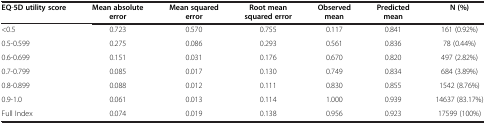
| EQ-5D utility score | Mean absolute error | Mean squared error | Root mean squared error | Observed mean | Predicted mean | N (%) |
 | --- | --- | --- | --- | --- | --- | --- |
 | <0.5 | 0.723 | 0.570 | 0.755 | 0.117 | 0.841 | 161 (0.92%) |
 | 0.5-0.599 | 0.275 | 0.086 | 0.293 | 0.561 | 0.836 | 78 (0.44%) |
 | 0.6-0.699 | 0.151 | 0.031 | 0.176 | 0.670 | 0.820 | 497 (2.82%) |
 | 0.7-0.799 | 0.085 | 0.017 | 0.130 | 0.749 | 0.834 | 684 (3.89%) |
 | 0.8-0.899 | 0.088 | 0.012 | 0.111 | 0.830 | 0.855 | 1542 (8.76%) |
 | 0.9-1.0 | 0.061 | 0.013 | 0.114 | 1.000 | 0.939 | 14637 (83.17%) |
 | Full Index | 0.074 | 0.019 | 0.138 | 0.956 | 0.923 | 17599 (100%) |